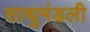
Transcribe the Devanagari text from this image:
साधुमंडली